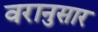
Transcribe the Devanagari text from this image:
वरानुसार